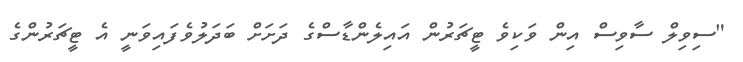
"ސިވިލް ސާވިސް އިން ވަކިވެ ޓީޗަރުން އައިލެންޑާސްގެ ދަށަށް ބަދަލުވެފައިވަނީ އެ ޓީޗަރުންގެ